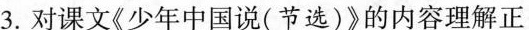
3.对课文《少年中国说(节选)》的内容理解正